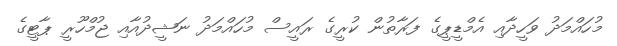
މުހައްމަދު ވަހީދާއި އެމްޑީޕީގެ ފަރާތުން ކުރީގެ ރައީސް މުހައްމަދު ނަޝީދުއާއި ޖުމްހޫރީ ޕާޓީގެ